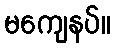
မကျေနပ်။